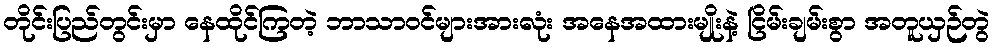
တိုင်းပြည်တွင်းမှာ နေထိုင်ကြတဲ့ ဘာသာဝင်များအားလုံး အနေအထားမျိုးနဲ့ ငြိမ်းချမ်းစွာ အတူယှဉ်တွဲ